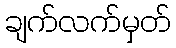
ချက်လက်မှတ်